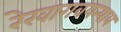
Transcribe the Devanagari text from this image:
रेखागवयन्याय